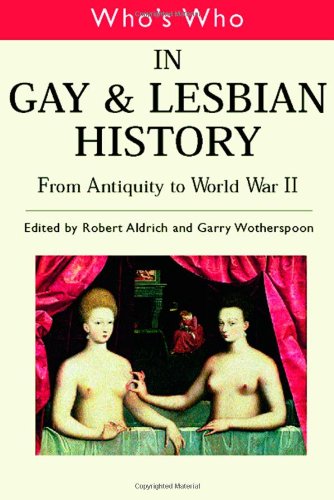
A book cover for Who's Who in Gay and Lesbian History: From Antiquity to World War II (Vol 1); Gay & Lesbian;